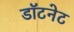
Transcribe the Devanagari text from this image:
डॉटनेट